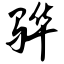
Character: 骅